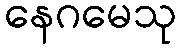
နေဂမေသု